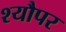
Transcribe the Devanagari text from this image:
श्यौपर